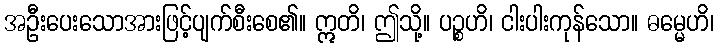
အဦးပေးသောအားဖြင့်ပျက်စီးစေ၏။ ဣတိ၊ ဤသို့။ ပဉ္စဟိ၊ ငါးပါးကုန်သော။ ဓမ္မေဟိ၊